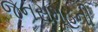
જનસમૂહની